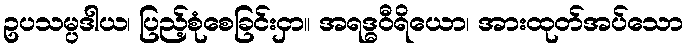
ဥပသမ္ပဒါယ၊ ပြည့်စုံစေခြင်းငှာ။ အရဒ္ဓဝီရိယော၊ အားထုတ်အပ်သော